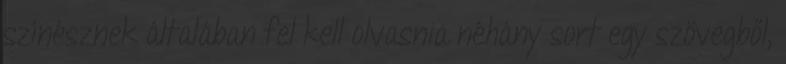
színésznek általában fel kell olvasnia néhány sort egy szövegből,